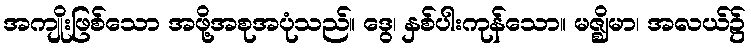
အကျိုးဖြစ်သော အဖို့အစုအပုံသည်။ ဒွေ၊ နှစ်ပါးကုန်သော။ မဇ္ဈိမာ၊ အလယ်၌